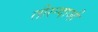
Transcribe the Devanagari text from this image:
तीरन्दाजी